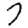
Digit: 7